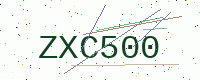
Text: ZXC500